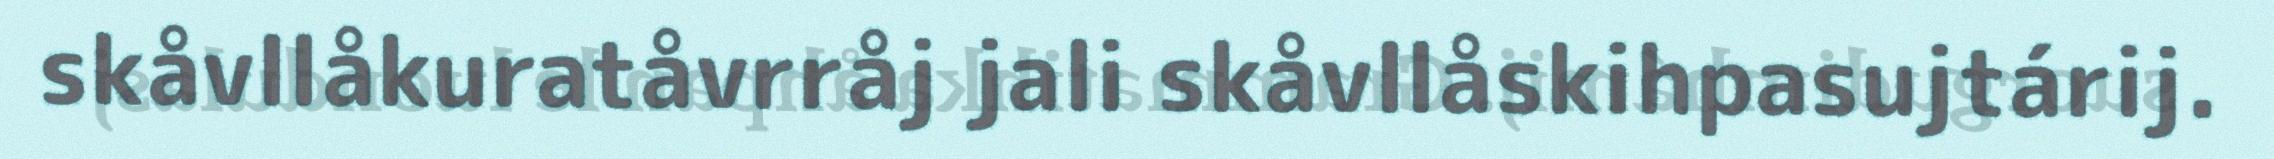
skåvllåkuratåvrråj jali skåvllåskihpasujtárij.